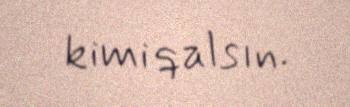
kimi qalsın.